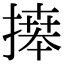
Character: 𢳎